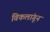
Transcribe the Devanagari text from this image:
विकलांगून